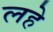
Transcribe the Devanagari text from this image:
लहे